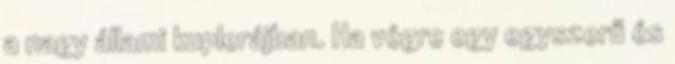
a nagy állami kuplerájban. Ha végre egy egyszerű és